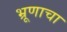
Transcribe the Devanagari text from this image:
भ्रूणाचा